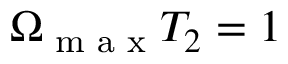
\Omega _ { \textrm { m a x } } T _ { 2 } = 1